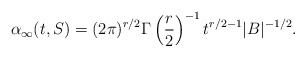
\begin{align*}\alpha_\infty(t,S) = (2\pi)^{r/2}\Gamma\left(\frac{r}{2}\right)^{-1}t^{r/2 - 1}|B|^{-1/2}.\end{align*}